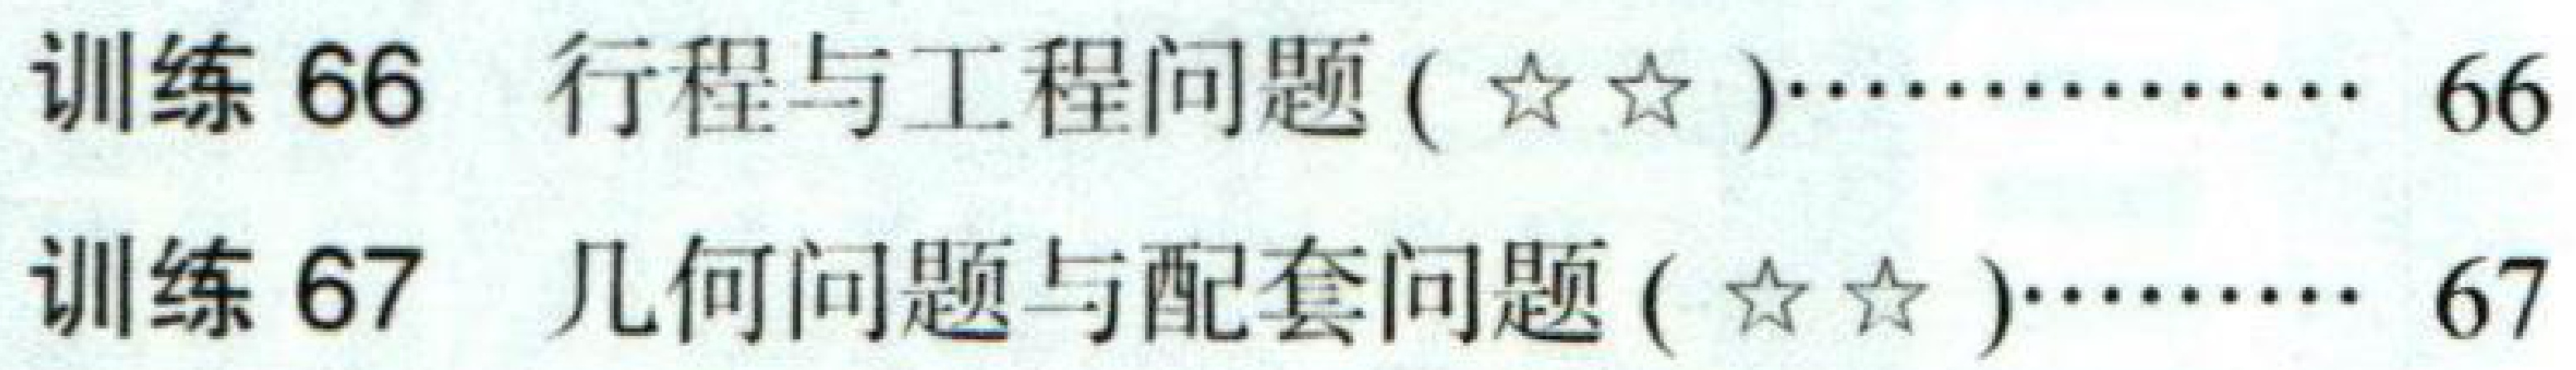
训练 \(66\)  行程与工程问题 (\(☆☆\))\(\cdots\cdots\) \(66\)
训练 \(67\)  几何问题与配套问题 (\(☆☆\))\(\cdots\cdots\) \(67\)